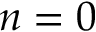
n = 0